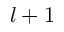
l + 1